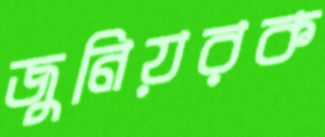
জুনিয়রক